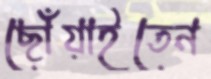
ছোঁয়াইতেন